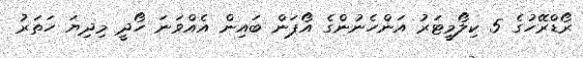
ރޯޑްރޭހުގެ 5 ކިލޯމީޓަރު އަންހެނުންގެ އޯޕަން ބައިން އެއްވަނަ ހޯދީ މިދިޔަ ހަތަރު